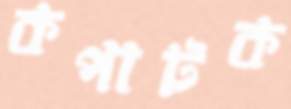
কপাটক